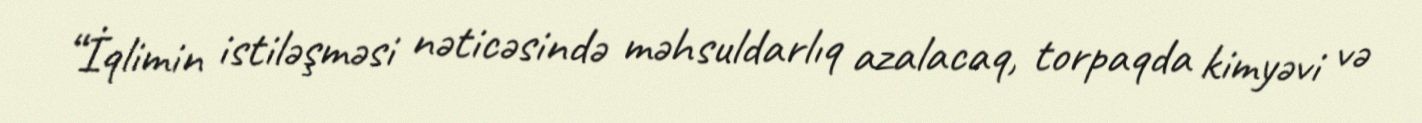
“İqlimin istiləşməsi nəticəsində məhsuldarlıq azalacaq, torpaqda kimyəvi və